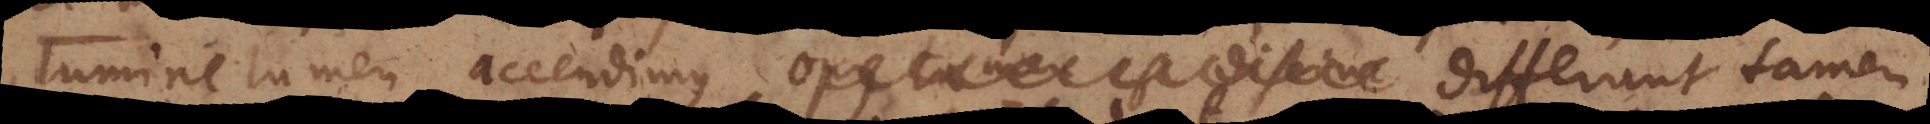
lumine lumen accendimus, opus tamen